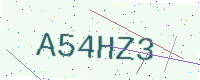
Text: A54HZ3